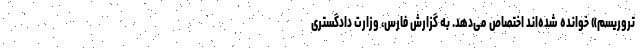
تروریسم» خوانده شده‌اند اختصاص می‌دهد. به گزارش فارس، وزارت دادگستری